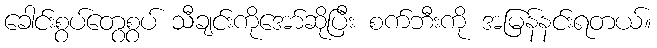
ခေါင်းစွပ်တွေစွပ် သီချင်းကိုအော်ဆိုပြီး စက်ဘီးကို အမြန်နင်းရတယ်။